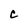
Character: C